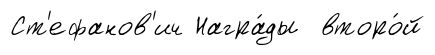
Ст'ефанов'ич Награ́ды второ́й